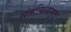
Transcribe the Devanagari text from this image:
संतलिलामृत